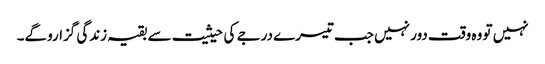
نہیں تو وہ وقت دور نہیں جب تیسرے درجے کی حیثیت سے بقیہ زندگی گزاروگے۔